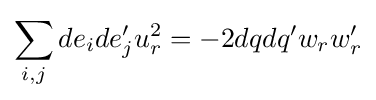
\sum _{i,j}de_{i}de_{j}'u_{r}^{2}=-2dqdq'w_{r}w'_{r}